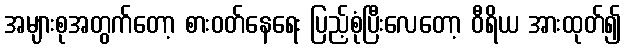
အများစုအတွက်တော့ စားဝတ်နေရေး ပြည့်စုံပြီးလေတော့ ဝီရိယ အားထုတ်၍